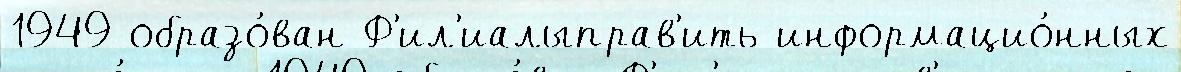
1949 образо́ван Ф'ил'иалыправ'ить информацио́нных